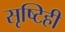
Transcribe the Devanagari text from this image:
सृष्टिही